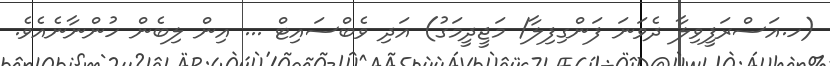
(ހ.އަސްރަފީވިލާ ދެވަނަ ފަންގިފިލާ/ މަޖީދީމަގު) އަދި ވެބްސައިޓް ... އިން ލިބެން ހުންނާނެއެވެ.